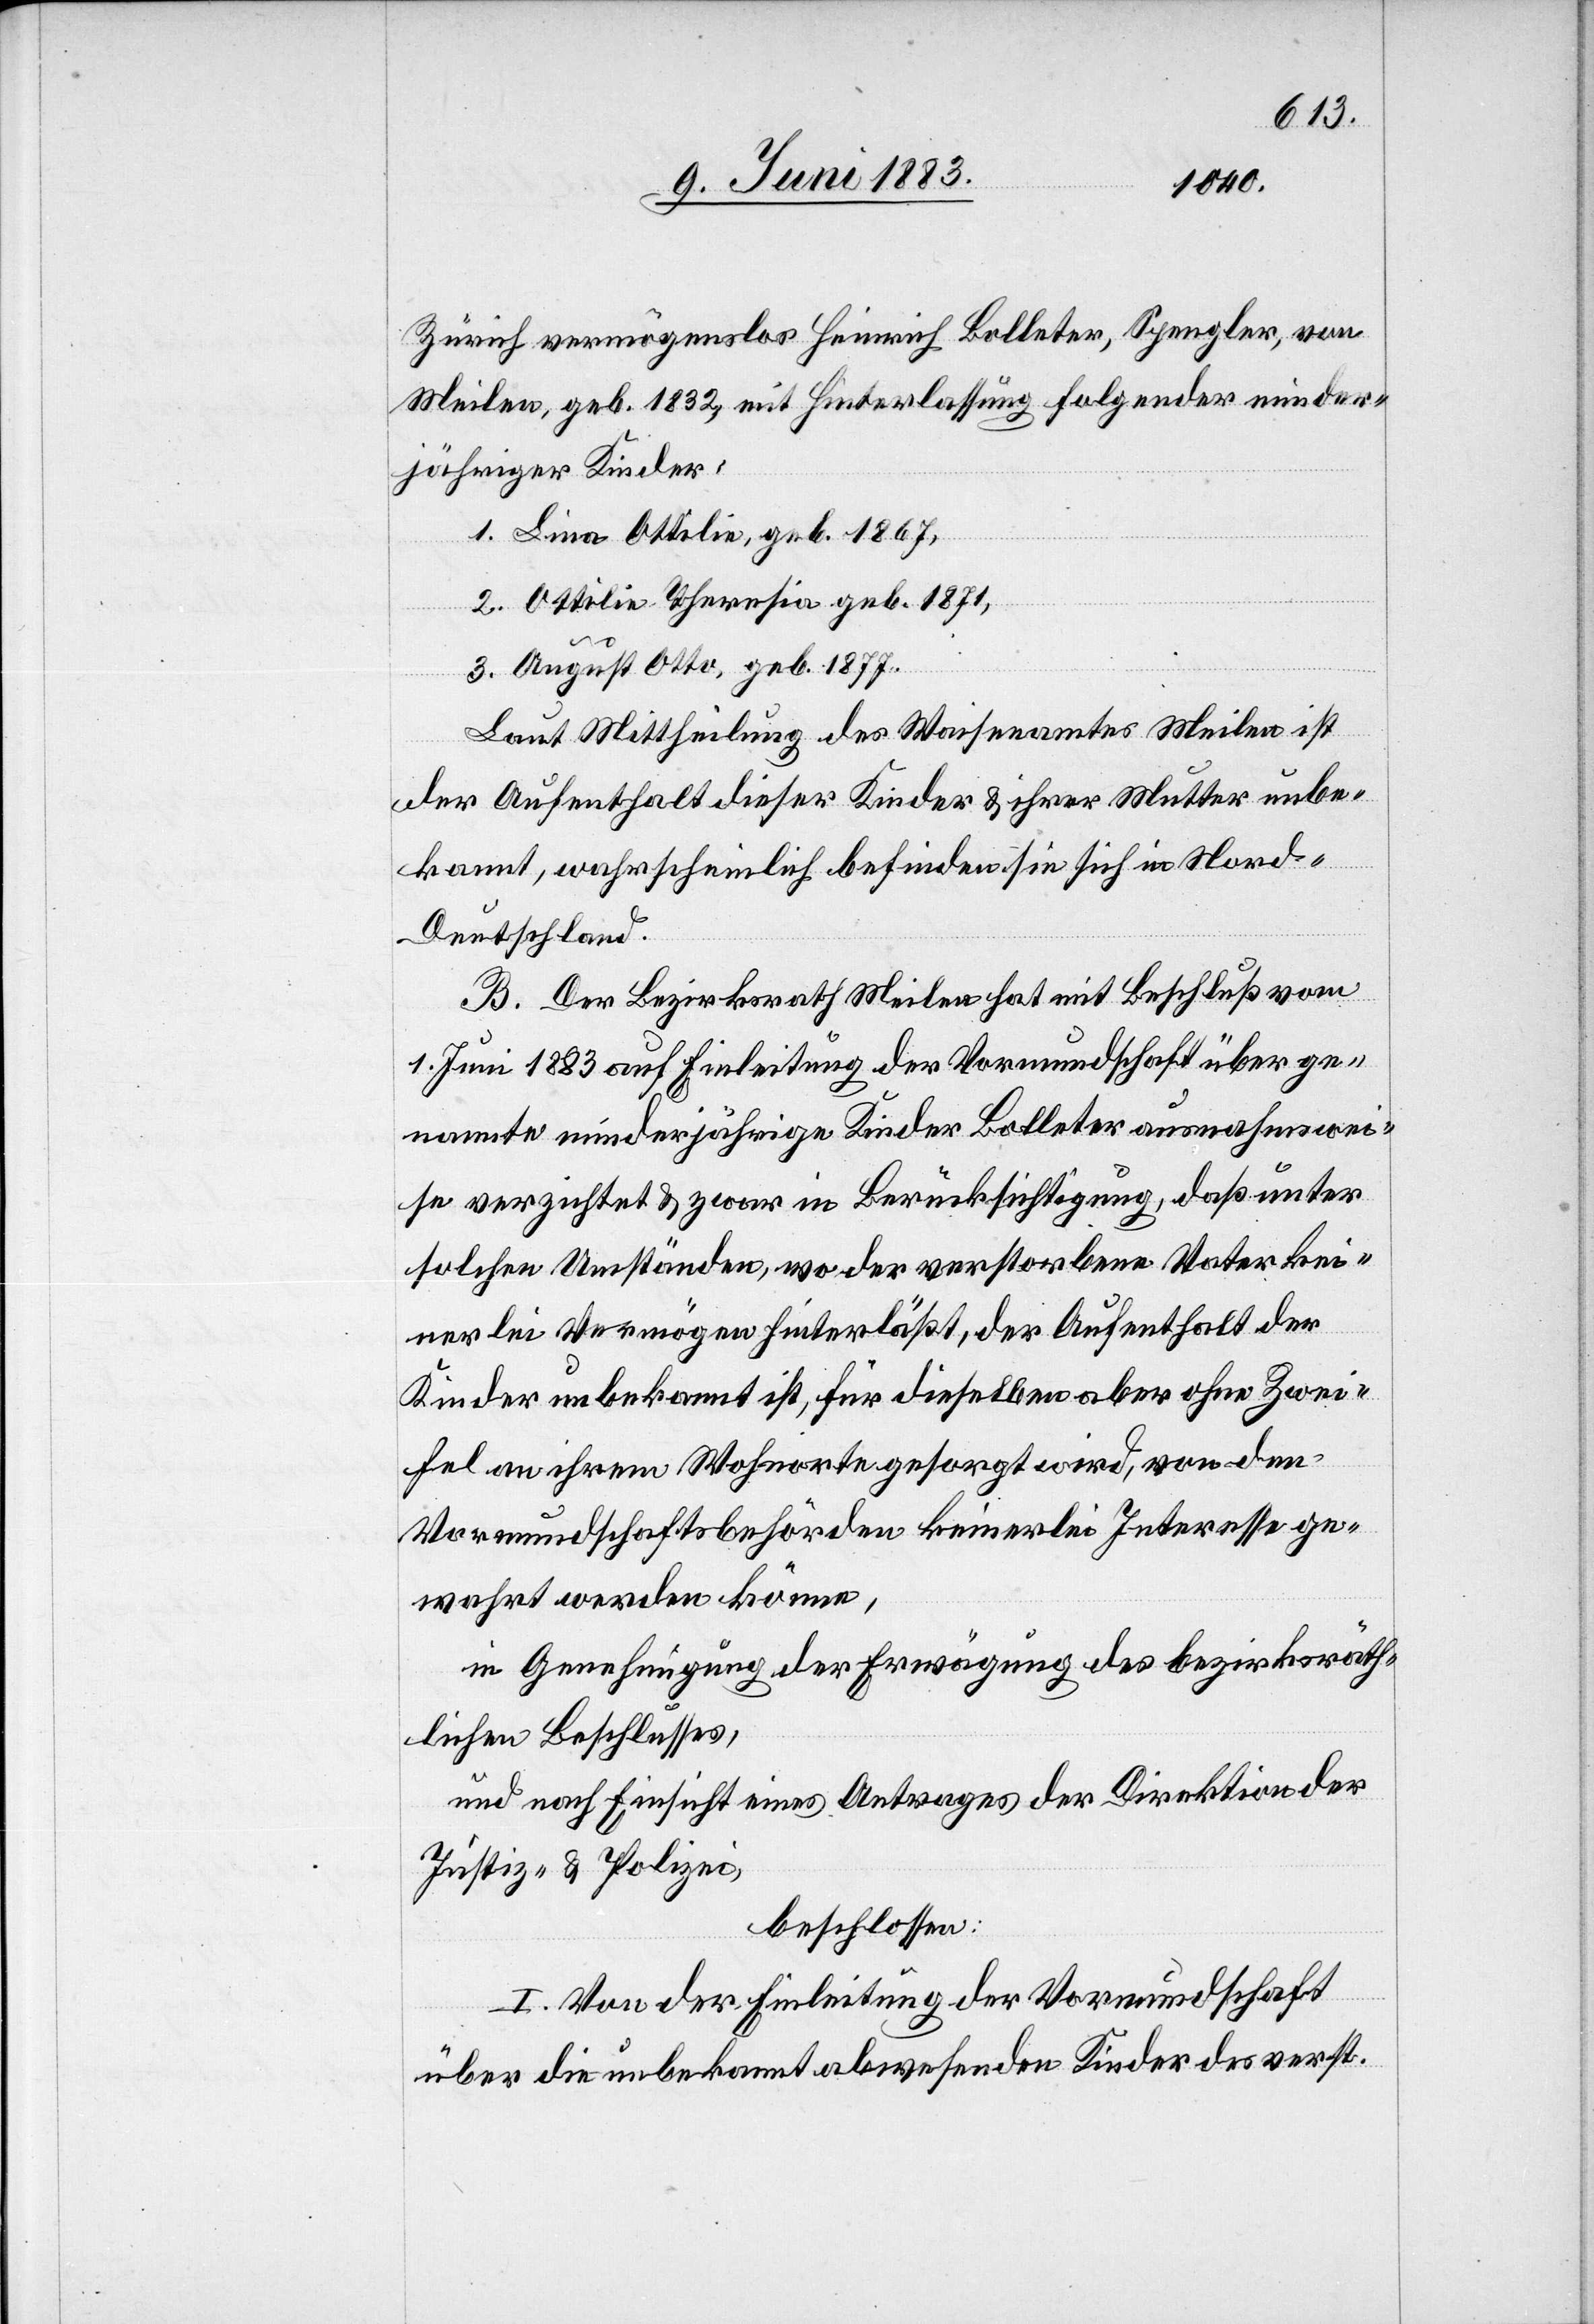
Zürich vermögenslos Heinrich Bolleter, Spengler, von
Meilen, geb. 1832, mit Hinterlassung folgender minder¬
jähriger Kinder:
1. Lina Ottilie, geb. 1867,
2. Ottilie Theresia, geb. 1871,
3. August Otto, geb. 1877.
Laut Mittheilung des Waisenamtes Meilen ist
der Aufenthalt dieser Kinder & ihrer Mutter unbe¬
kannt, wahrscheinlich befinden sie sich in Nord-D¬
eutschland.
B. Der Bezirksrath Meilen hat mit Beschluß vom
1. Juni 1883 auf Einleitung der Vormundschaft über ge¬
nannte minderjährige Kinder Bolleter ausnahmswei¬
se verzichtet & zwar in Berücksichtigung, daß unter
solchen Umständen, wo der verstorbene Vater kei¬
nerlei Vermögen hinterläßt, der Aufenthalt der
Kinder unbekannt ist, für dieselben aber ohne Zwei¬
fel an ihrem Wohnorte gesorgt wird, von den
Vormundschaftsbehörden keinerlei Interesse ge¬
wahrt werden können,
in Genehmigung der Erwägung des bezirksräth¬
lichen Beschlusses,
und nach Einsicht eines Antrages der Direktion der
Justiz & Polizei,
beschlossen:
I. Von der Einleitung der Vormundschaft
über die unbekannt abwesenden Kinder des verst.